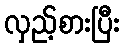
လှည့်စားပြီး